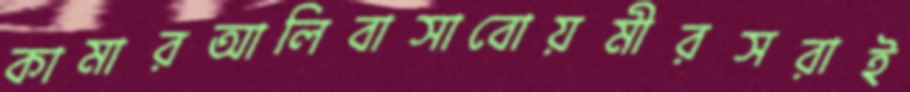
কামারআলিবাসাবোয়মীরসরাই